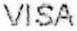
VISA